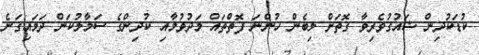
ކުޑަކުދިން ޝައުގުވެރިވާ ގޮތަށް ލިބެން ހުންނަ ފޮތްތައް މަދުވުމާއި ކުދިންގެ ސަމާލުކަން ދަމައިގަނެ